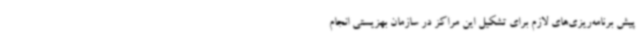
پیش برنامه‌ریزی‌های لازم برای تشکیل این مراکز در سازمان بهزیستی انجام‌